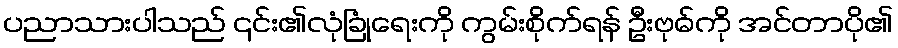
ပညာသားပါသည် ၎င်း၏လုံခြုံရေးကို ကွမ်းစိုက်ရန် ဦးဗုဓ်ကို အင်တာပို၏